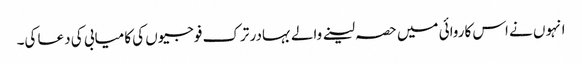
انہوں نے اس کاروائی میں حصہ لینے والے بہادر ترک فوجیوں کی کامیابی کی دعا کی۔